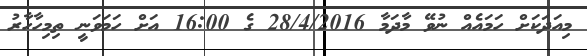
މިއަދަކަށް ހަމައެއް ނުވޭ މާދަމާ 28/4/2016 ގެ 16:00 އަށް ހަމަވަނީ ތިމިހާހާރު